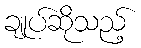
ချုပ်ဆိုသည့်